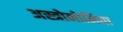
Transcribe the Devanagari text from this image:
अस्त्रोनोमिया